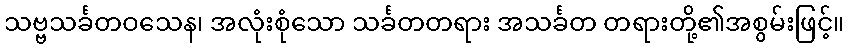
သဗ္ဗသင်္ခတဝသေန၊ အလုံးစုံသော သင်္ခတတရား အသင်္ခတ တရားတို့၏အစွမ်းဖြင့်။